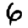
Digit: 6